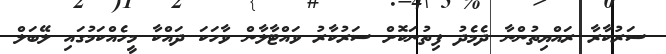
ސަރުކާރާ ރައްޔިތުންނާ ދެމެދު ފިތުނަކޮށް ސަރުކާރު ވައްޓާލާން ވާހަކަ ދައްކާ މީހެއްކަމުގައި ލޭބަލް